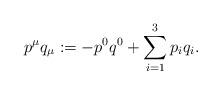
LaTeX: \begin{align*}p^{\mu}q_{\mu}:=-p^0q^0 +\sum_{i=1}^3 p_iq_i .\end{align*}